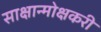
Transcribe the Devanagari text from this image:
साक्षान्मोक्षकरी